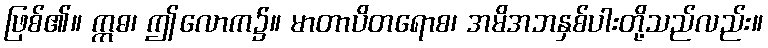
ဖြစ်၏။ ဣဓ၊ ဤလောက၌။ မာတာပိတရောစ၊ အမိအဘနှစ်ပါးတို့သည်လည်း။